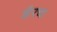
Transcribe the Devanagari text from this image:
झैरचा